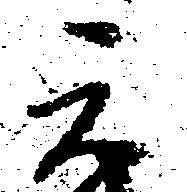
元